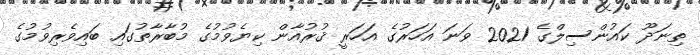
ތިނަދޫ ކައުންސިލްގެ 2021 ވަނަ އަހަރުގެ އަހަރީ ޤުރުއާން ކިޔެވުމުގެ މުބާރާތުގައި ބައިވެރިވުމުގެ